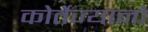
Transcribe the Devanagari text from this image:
कोर्तेज्यानो